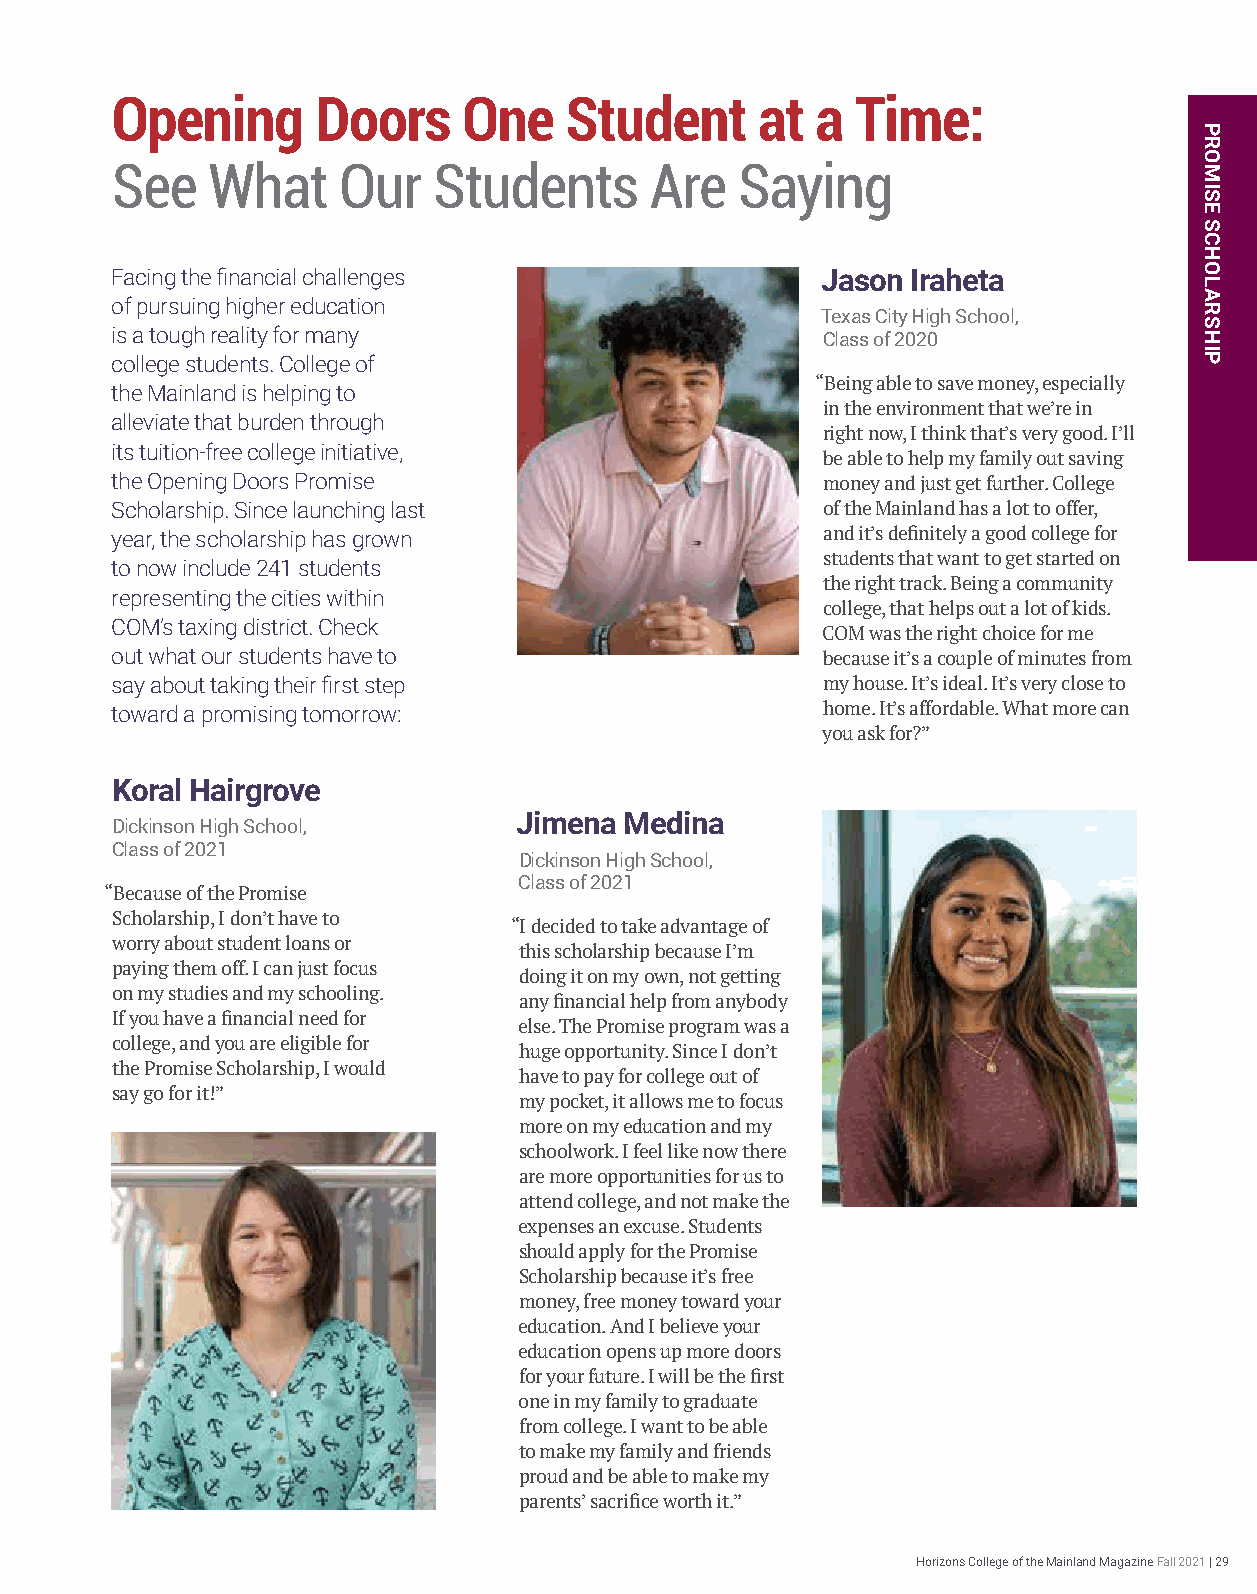
Opening       Doors     One   Student      at  a  Time:
 See    What    Our    Students      Are   Saying
 Facing the financial challenges                Jason Iraheta
 of pursuing higher education
 Texas City High School,
 is a tough reality for many                    Class of 2020
 college students. College of
 “Being able to save money, especially
 the Mainland is helping to
 in the environment that we’re in
 alleviate that burden through
 right now, I think that’s very good. I’ll
 its tuition-free college initiative,
 be able to help my family out saving
 the Opening Doors Promise                      money and just get further. College
 Scholarship. Since launching last              of the Mainland has a lot to offer,
 year, the scholarship has grown                and it’s definitely a good college for
 students that want to get started on
 to now include 241 students
 the right track. Being a community
 representing the cities within
 college, that helps out a lot of kids.
 COM’s taxing district. Check
 COM was the right choice for me
 out what our students have to                  because it’s a couple of minutes from
 say about taking their first step              my house. It’s ideal. It’s very close to
 toward a promising tomorrow:                   home. It’s affordable. What more can
 you ask for?”
 Koral Hairgrove
 Jimena Medina
 Dickinson High School,
 Class of 2021
 Dickinson High School,
 Class of 2021
 “Because of the Promise
 Scholarship, I don’t have to
 “I decided to take advantage of
 worry about student loans or
 this scholarship because I’m
 paying them off. I can just focus
 doing it on my own, not getting
 on my studies and my schooling.
 any financial help from anybody
 If you have a financial need for
 else. The Promise program was a
 college, and you are eligible for
 huge opportunity. Since I don’t
 the Promise Scholarship, I would
 have to pay for college out of
 say go for it!”
 my pocket, it allows me to focus
 more on my education and my
 schoolwork. I feel like now there
 are more opportunities for us to
 attend college, and not make the
 expenses an excuse. Students
 should apply for the Promise
 Scholarship because it’s free
 money, free money toward your
 education. And I believe your
 education opens up more doors
 for your future. I will be the first
 one in my family to graduate
 from college. I want to be able
 to make my family and friends
 proud and be able to make my
 parents’ sacrifice worth it.”
 Horizons College of the Mainland Magazine Fall 2021 | 29
 PROMISE
 SCHOLARSHIP